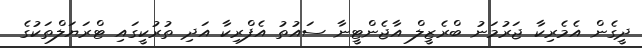
ދީގެން އެމެރިކާ ޖަރުމަނު ބްރެޒީލް އާޖެންޓީނާ ސައުތު އެފްރިކާ އަދި ތުރުކީގައި ޓްރަޔަލްތަކުގެ